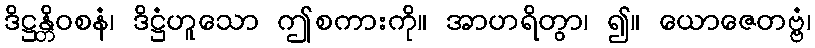
ဒိဋ္ဌန္တိဝစနံ၊ ဒိဋ္ဌံဟူသော ဤစကားကို။ အာဟရိတွာ၊ ၍။ ယောဇေတဗ္ဗံ၊